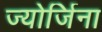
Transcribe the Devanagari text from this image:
ज्योर्जिना